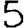
Digit: 5